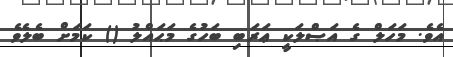
އެވެ. މަހަލް ގެ އަޞްލަކީ ޢަރަބި ބަހުގެ މަޙައްލު () ކަމަށް ބެލެވެ